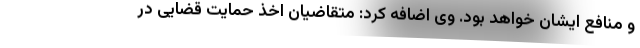
و منافع ایشان خواهد بود. وی اضافه کرد: متقاضیان اخذ حمایت قضایی در